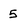
Character: 5